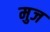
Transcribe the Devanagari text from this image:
मुज